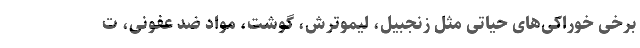
برخی خوراکی‌های حیاتی مثل زنجبیل، لیموترش، گوشت، مواد ضد عفونی، ت